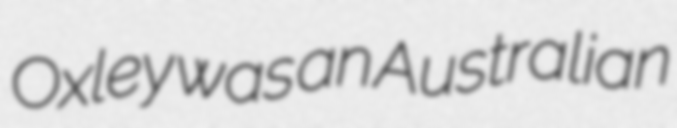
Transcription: Oxley was an Australian